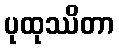
ပုထုဿိတာ